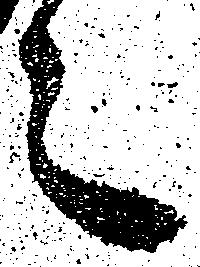
々